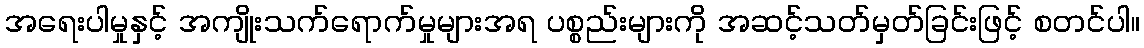
အရေးပါမှုနှင့် အကျိုးသက်ရောက်မှုများအရ ပစ္စည်းများကို အဆင့်သတ်မှတ်ခြင်းဖြင့် စတင်ပါ။